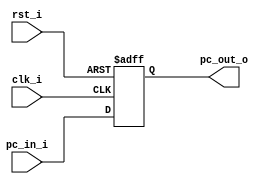
module ProgramCounter(
    clk_i,
	rst_i,
	pc_in_i,
	pc_out_o
);
     
//I/O ports
input           clk_i;
input	        rst_i;  // Q: ? reset
input  [64-1:0] pc_in_i;
output [64-1:0] pc_out_o;
 
//Internal Signals
reg    [64-1:0] pc_out_o;
 
//Parameter

    
//Main function
always @(posedge clk_i or negedge rst_i) begin
    if(~rst_i)
	    pc_out_o <= 0;
	else
	    pc_out_o <= pc_in_i;
end

endmodule